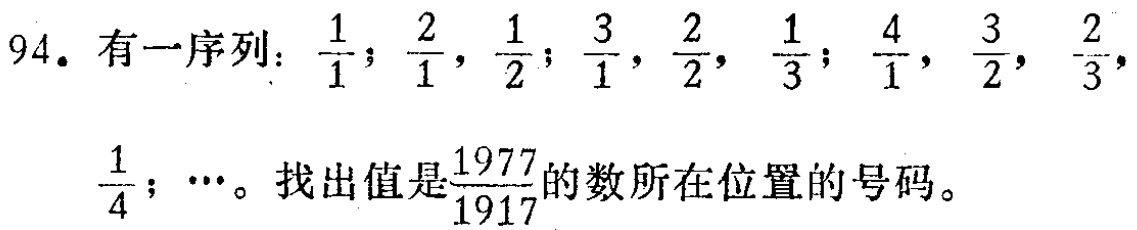
94. 有一序列：$\frac{1}{1}$；$\frac{2}{1}$，$\frac{1}{2}$；$\frac{3}{1}$，$\frac{2}{2}$，$\frac{1}{3}$；$\frac{4}{1}$，$\frac{3}{2}$，$\frac{2}{3}$，$\frac{1}{4}$；$\cdots$。找出值是$\frac{1977}{1917}$的数所在位置的号码。